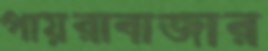
পায়রাবাজার